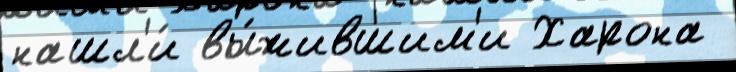
нашл'и́ вы́жившим'и Харона